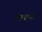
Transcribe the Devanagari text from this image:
नाल्यांना